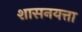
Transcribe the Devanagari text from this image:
शासनयत्ता